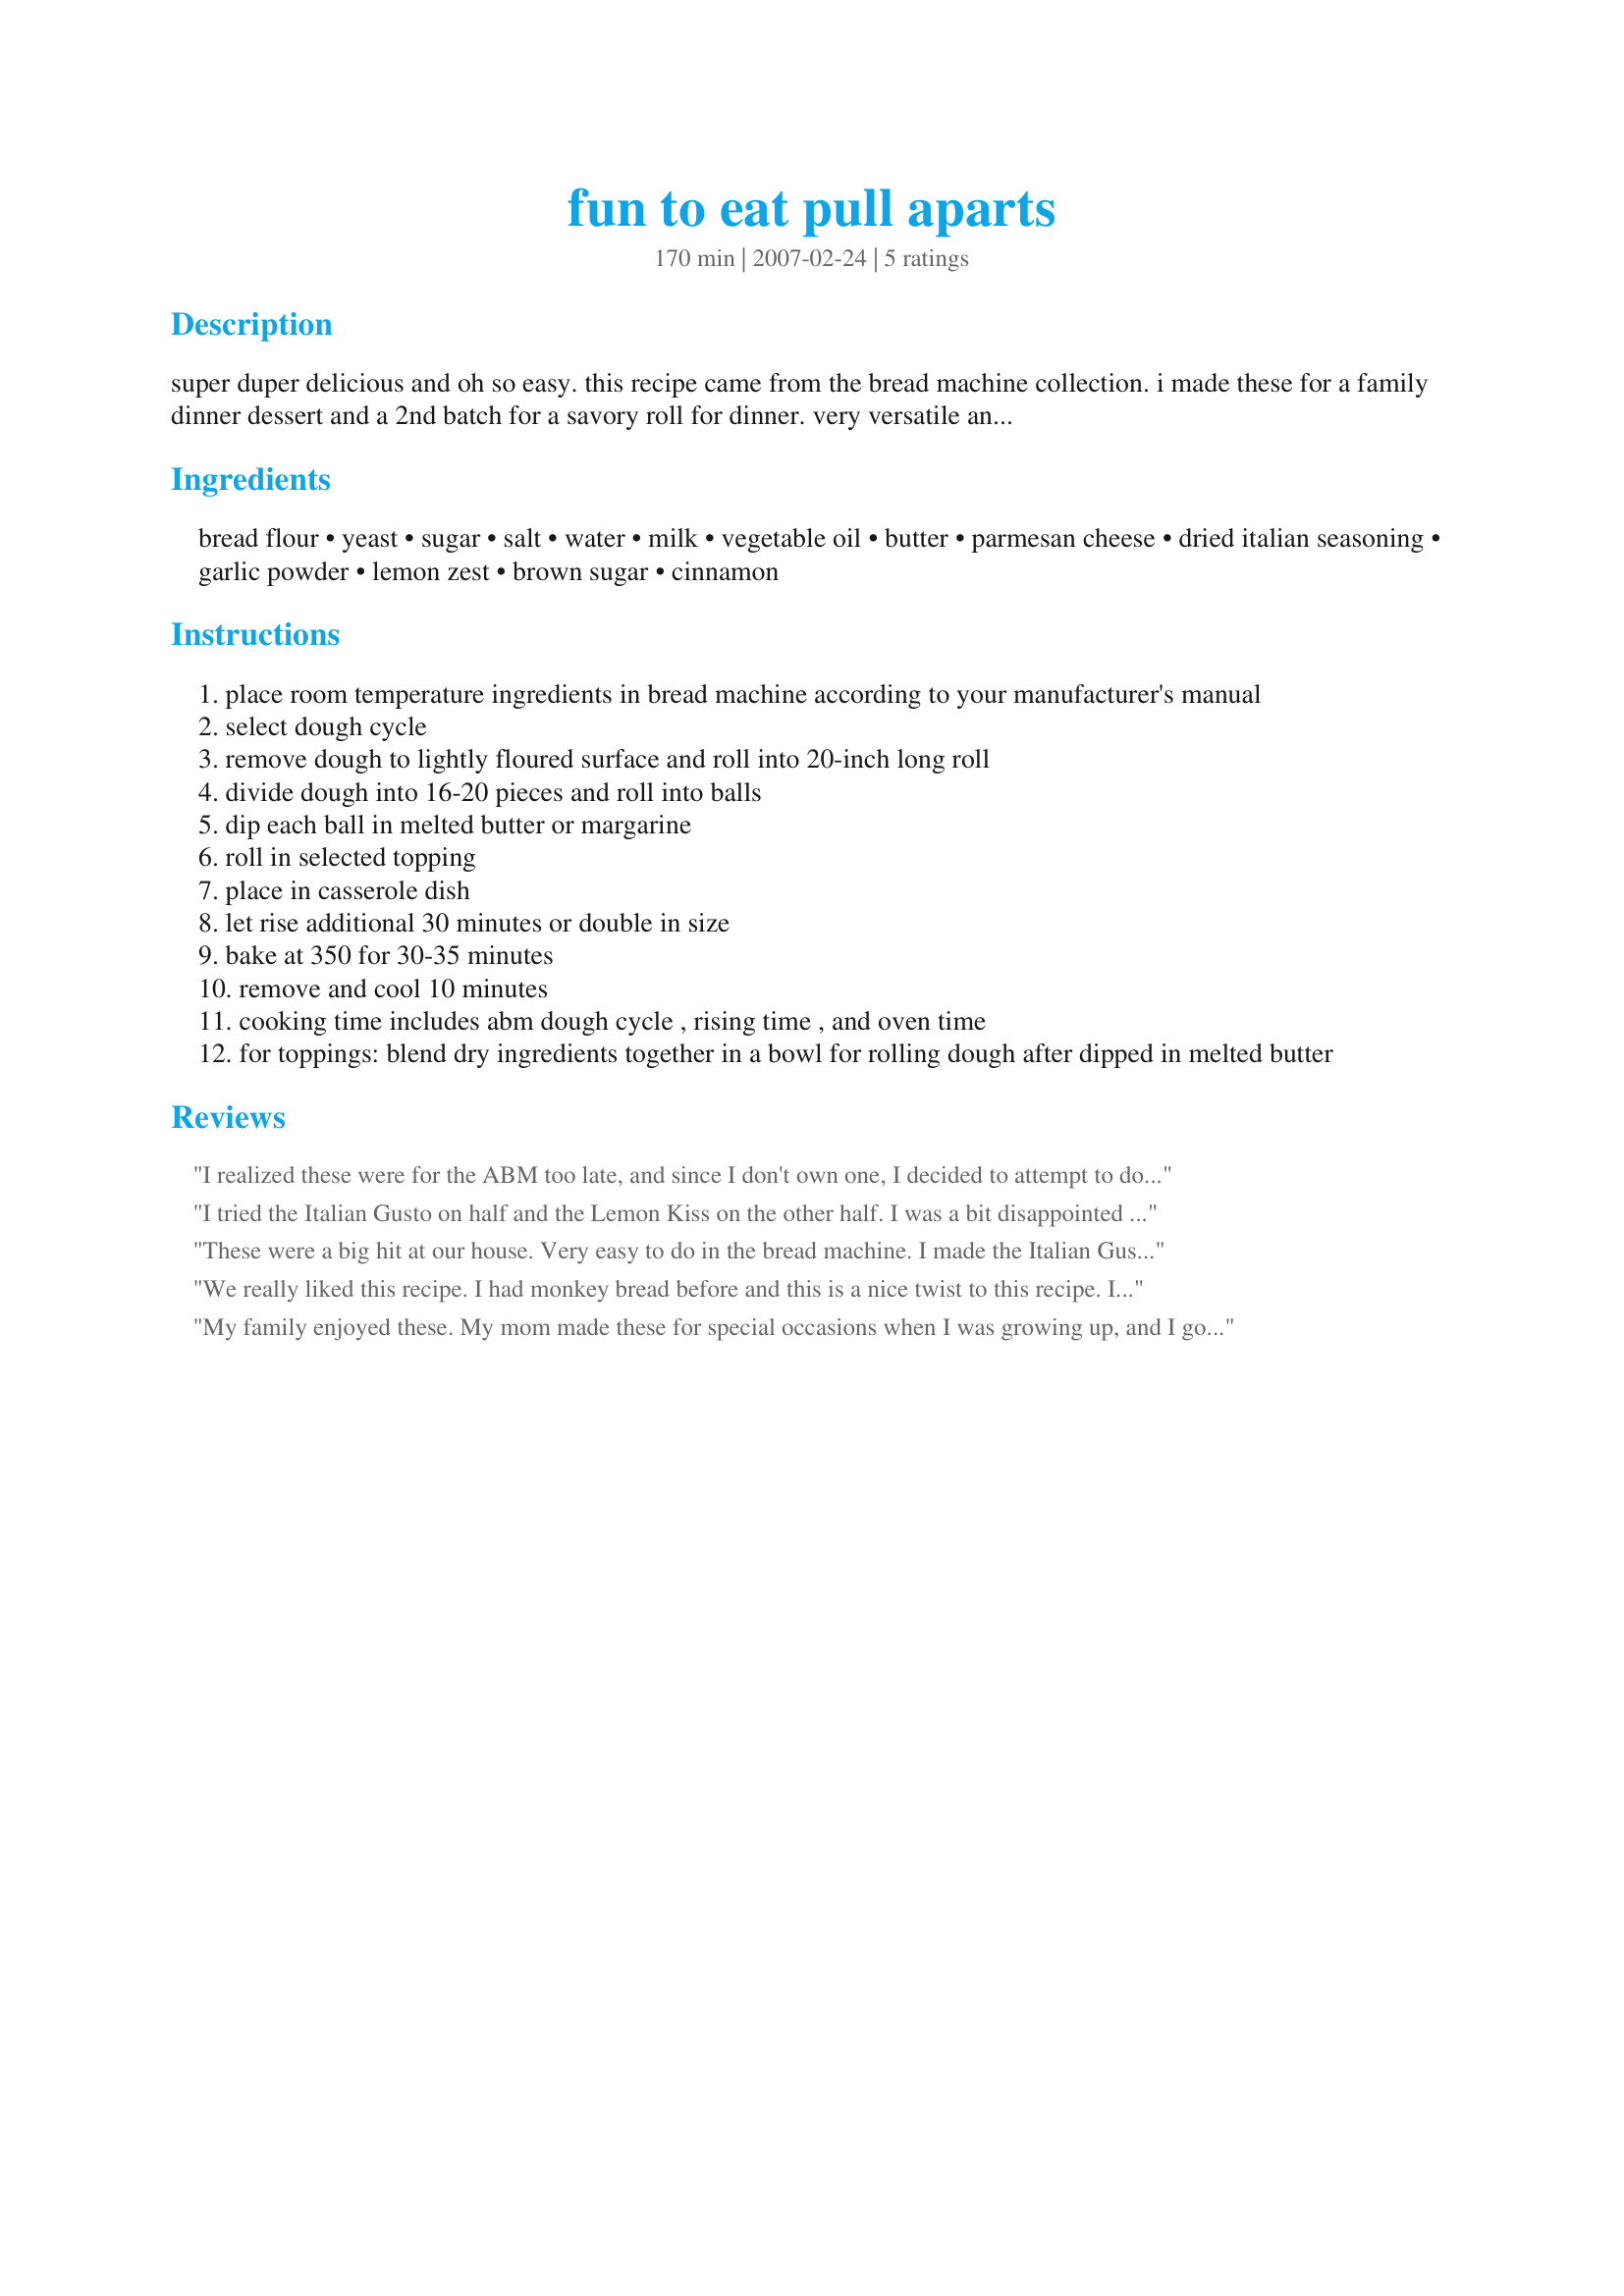
fun to eat pull aparts
Preparation time: 170 minutes

super duper delicious and oh so easy. this recipe came from the bread machine collection. i made these for a family dinner dessert and a 2nd batch for a savory roll for dinner. very versatile and so light, it feels like eating a cloud. there are 3 posted toppings, but i have made other variations as well.

Ingredients:
bread flour, yeast, sugar, salt, water, milk, vegetable oil, butter, parmesan cheese, dried italian seasoning, garlic powder, lemon zest, brown sugar, cinnamon

Steps:
place room temperature ingredients in bread machine according to your manufacturer's manual
select dough cycle
remove dough to lightly floured surface and roll into 20-inch long roll
divide dough into 16-20 pieces and roll into balls
dip each ball in melted butter or margarine
roll in selected topping
place in casserole dish
let rise additional 30 minutes or double in size
bake at 350 for 30-35 minutes
remove and cool 10 minutes
cooking time includes abm dough cycle , rising time , and oven time
for toppings: blend dry ingredients together in a bowl for rolling dough after dipped in melted butter

Reviews:
I realized these were for the ABM too late, and since I don't own one, I decided to attempt to do these by hand. They did require plenty of kneading, but they came out great. I made the Sticky Caramel. Thank you for posting, I will make these again! Made for Bevy Tag.
I tried the Italian Gusto on half and the Lemon Kiss on the other half. I was a bit disappointed in the lemon kiss - I would have liked a bit more lemon flavoring. I think next time I will add a bit of lemon juice to the butter.
These were a big hit at our house. Very easy to do in the bread machine. I made the Italian Gusto and the the sticky caramel. Made for 1-2-3 Tag.
We really liked this recipe. I had monkey bread before and this is a nice twist to this recipe. I made hald italian gusto and half sticky caramel.
I will make thsi again! Thanks for posting!
My family enjoyed these. My mom made these for special occasions when I was growing up, and I got in the mood to have them the other day. I decided to try this recipe rather than use my mom's version because she uses all cans of refrigerated biscuit dough for the rolls, and I wanted to try a from-scratch version instead. I followed the recipe exactly except I made sure to spray my casserole dish with some Pam before putting in the rolls to help get them out onto the serving tray easier. The rolls were pretty fluffy and the sticky caramel sauce made them a good treat for us. Next time, I will follow the posted suggestion of doubling the ingredients for the sticky caramel sauce to make them more gooey (there was coverage with the original recipe, but we would have definitely enjoyed more sauce). I also plan on dividing the dough into more pieces so that I end up with smaller rolls to pull apart next time. One suggestion I have based on the way I've had it in the past is that my mom always baked the rolls in a Bundt pan so that when you tip it out onto the serving tray it has a fancier presentation for special occasions. Thanks for posting! My family really enjoyed these.
